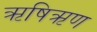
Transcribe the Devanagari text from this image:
ऋषिऋण